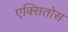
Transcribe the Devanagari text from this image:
एक्सितोस